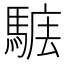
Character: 𩣴